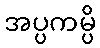
အပ္ပကမ္ပိ